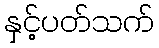
နှင့်ပတ်သက်